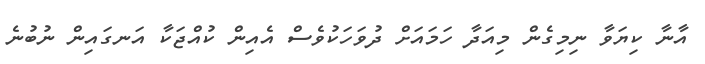
އާނާ ކިޔަވާ ނިމިގެން މިއަދާ ހަމައަށް ދުވަހަކުވެސް އެއިން ކުއްޖަކާ އަނގައިން ނުބުނެ